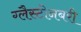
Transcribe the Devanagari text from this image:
ग्लैस्टोनबरी